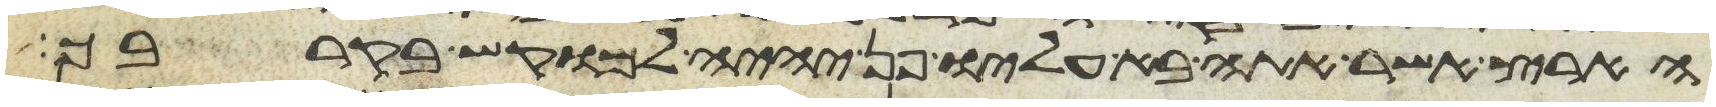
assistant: הארץ אשר אתה בא עליו פן יהיה למוקש בקרבך